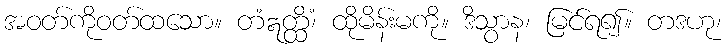
အဝတ်ကိုဝတ်ထသော။ တံဣတ္ထိံ၊ ထိုမိန်းမကို။ ဒိသွာန၊ မြင်ရ၍။ တဒဟု၊